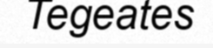
Tegeates